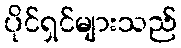
ပိုင်ရှင်များသည်